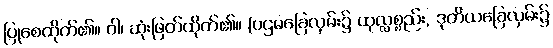
ပြုစေထိုက်၏။ ဝါ၊ ဆုံးဖြတ်ထိုက်၏။ (ပဌမခြေလှမ်း၌ ထုလ္လစ္စည်း, ဒုတိယခြေလှမ်း၌